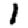
Digit: 1